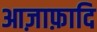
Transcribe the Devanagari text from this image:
आज़ाफ़ादि